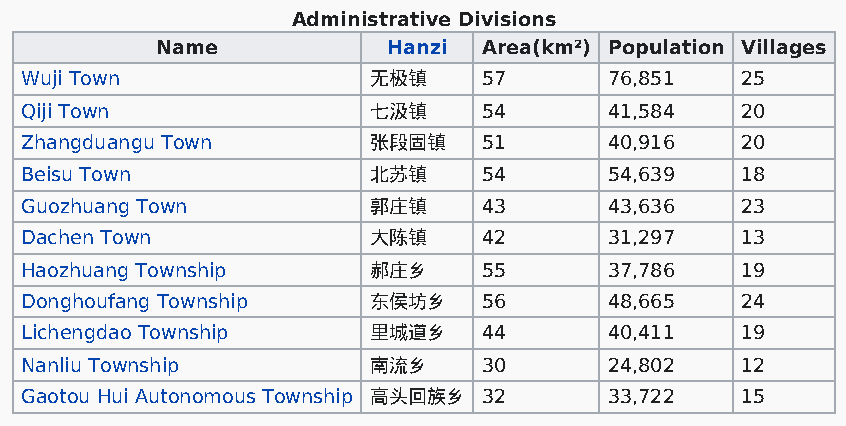
Administrative Divisions
 Name            Hanzi Area(km²) Population Villages
 Wuji Town              无极镇     57      76,851   25
 Qiji Town              七汲镇     54      41,584   20
 Zhangduangu Town       张段固镇    51      40,916   20
 Beisu Town             北苏镇     54      54,639   18
 Guozhuang Town         郭庄镇     43      43,636   23
 Dachen Town            大陈镇     42      31,297   13
 Haozhuang Township     郝庄乡     55      37,786   19
 Donghoufang Township   东侯坊乡    56      48,665   24
 Lichengdao Township    里城道乡    44      40,411   19
 Nanliu Township        南流乡     30      24,802   12
 Gaotou Hui Autonomous Township 高头回族乡 32 33,722  15